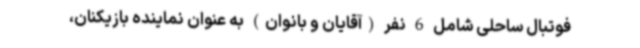
فوتبال ساحلی شامل 6 نفر (آقایان و بانوان) به عنوان نماینده بازیکنان،